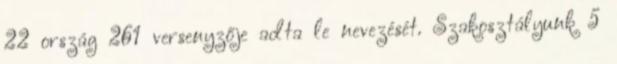
22 ország 261 versenyzője adta le nevezését. Szakosztályunk 5